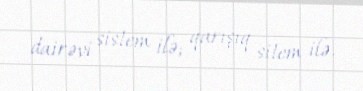
dairəvi sistem ilə; qarışıq sitem ilə.